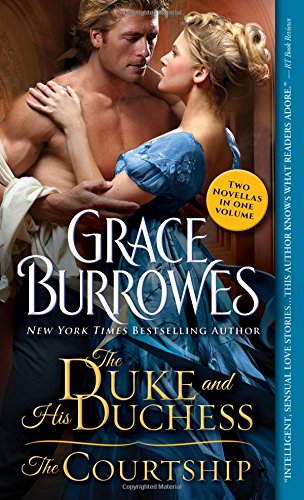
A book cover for The Duke and His Duchess / The Courtship (Windham Series); Grace Burrowes; Romance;